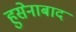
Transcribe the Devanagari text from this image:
हुसेनाबाद